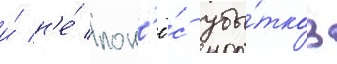
и́ н'е́ пон'ё́с убы́тков